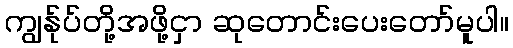
ကျွန်ုပ်တို့အဖို့ငှာ ဆုတောင်းပေးတော်မူပါ။